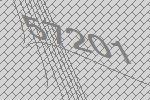
57201